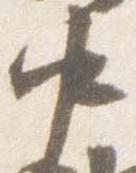
中